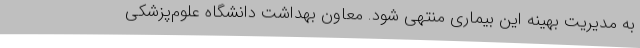
به مدیریت بهینه این بیماری منتهی شود. معاون بهداشت دانشگاه علوم‌پزشکی